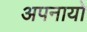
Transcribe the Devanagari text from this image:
अपनायो